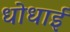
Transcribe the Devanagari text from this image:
धोधाई